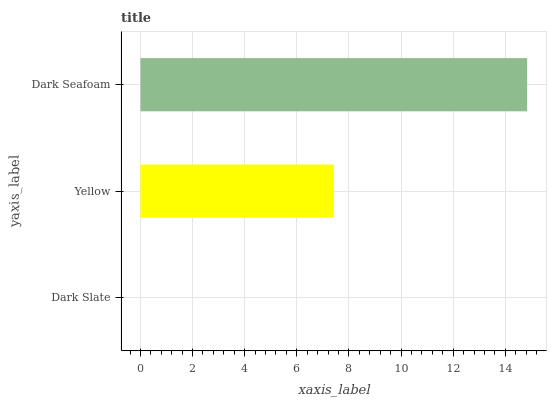
| yaxis_label | bars |
 | --- | --- |
 | Dark Slate | 0 |
 | Yellow | 7.42 |
 | Dark Seafoam | 14.8 |